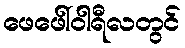
ဖေဖေါ်ဝါရီလတွင်